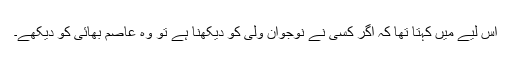
اس لیے میں کہتا تھا کہ اگر کسی نے نوجوان ولی کو دیکھنا ہے تو وہ عاصم بھائی کو دیکھے۔